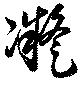
凝